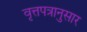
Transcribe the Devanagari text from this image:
वृत्तपत्रानुसार